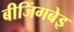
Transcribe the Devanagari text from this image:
बीजिंगबेइ